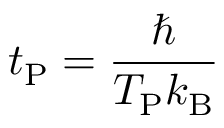
t _ { \mathrm { P } } = { \frac { \hbar } { T _ { \mathrm { P } } k _ { \mathrm { B } } } }